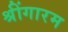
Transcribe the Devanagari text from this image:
श्रींगारम